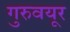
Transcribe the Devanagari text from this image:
गुरुवयूर